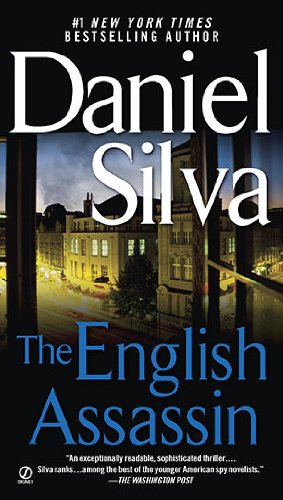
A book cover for The English Assassin; Daniel Silva; Mystery, Thriller & Suspense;